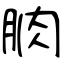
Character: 朒